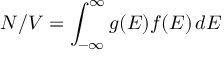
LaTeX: N / V = \int _ { - \infty } ^ { \infty } g ( E ) f ( E ) \, d E